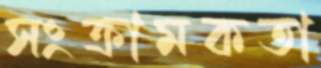
সংক্রামকতা